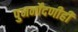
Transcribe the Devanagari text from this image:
पुनर्नोंदणीही